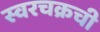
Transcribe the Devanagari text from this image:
स्वरचक्रची